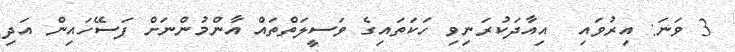
3 ވަނަ: އިރުވައި  އިއާދަކުރަނިވި ހަކަތައިގެ ވަސީލަތްތައް އާންމުންނަށް ފަސޭހައިން އަދި